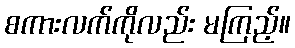
စကားလက်ကိုလည်း မကြည့်။